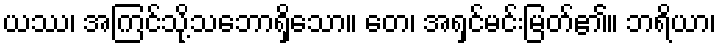
ယဿ၊ အကြင်သို့သဘောရှိသော။ တေ၊ အရှင်မင်းမြတ်၏။ ဘရိယာ၊